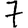
Digit: 7